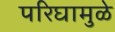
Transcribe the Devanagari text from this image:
परिघामुळे